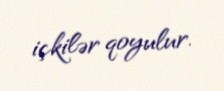
içkilər qoyulur.